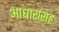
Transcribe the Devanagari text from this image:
आधारासह